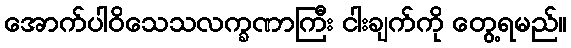
အောက်ပါဝိသေသလက္ခဏာကြီး ငါးချက်ကို တွေ့ရမည်။